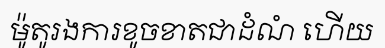
ម៉ូតូរងការខូចខាតជាដំណំ ហើយ